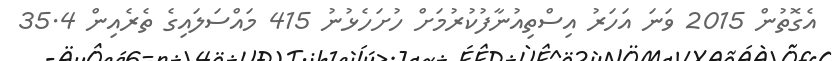
އެގޮތުން 2015 ވަނަ އަހަރު އިސްތިއުނާފުކުރުމަށް ހުށަހެޅުނު 415 މައްސަލައިގެ ތެރެއިން 35.4